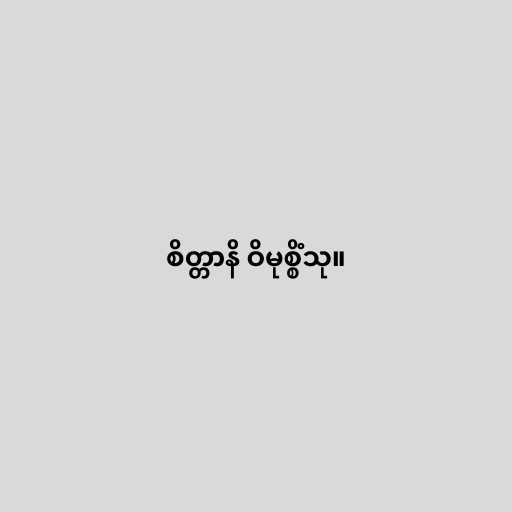
စိတ္တာနိ ဝိမုစ္စိံသု။